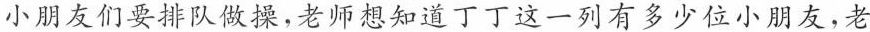
小朋友们要排队做操，老师想知道丁丁这一列有多少位小朋友，老